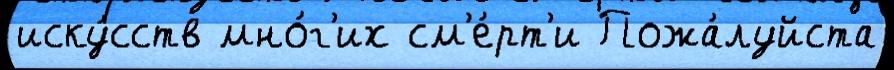
иску́сств мно́г'их см'е́рт'и Пожа́луйста